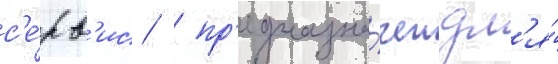
с'е́рв'ис  пр'едназна́чен дл'я́